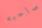
صاحبه